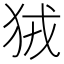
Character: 狨